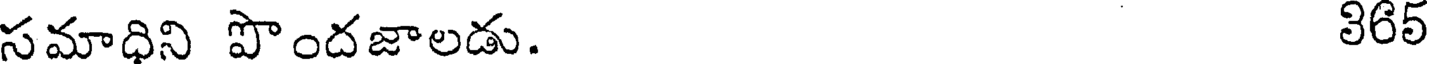
సమాధిని పొందజాలడు. 365